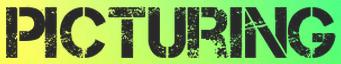
PICTURING